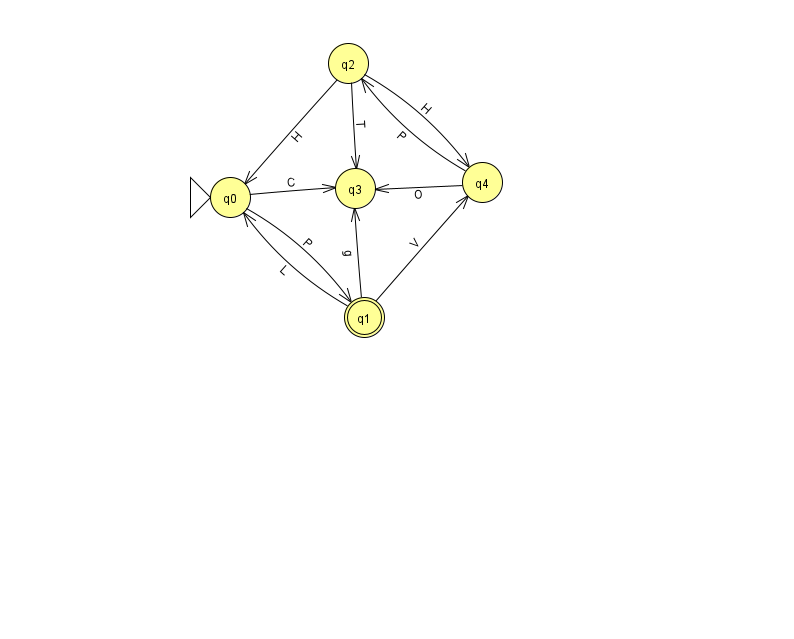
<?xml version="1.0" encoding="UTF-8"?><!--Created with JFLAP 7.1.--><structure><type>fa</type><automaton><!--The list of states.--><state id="0" name="q0"><x>230.0</x><y>184.0</y><initial/></state><state id="1" name="q1"><x>364.0</x><y>304.0</y><final/></state><state id="2" name="q2"><x>348.0</x><y>50.0</y></state><state id="3" name="q3"><x>355.0</x><y>175.0</y></state><state id="4" name="q4"><x>482.0</x><y>169.0</y></state><!--The list of transitions.--><transition><from>0</from><to>3</to><read>C</read></transition><transition><from>4</from><to>2</to><read>P</read></transition><transition><from>1</from><to>3</to><read>g</read></transition><transition><from>1</from><to>4</to><read>V</read></transition><transition><from>2</from><to>3</to><read>T</read></transition><transition><from>0</from><to>1</to><read>P</read></transition><transition><from>2</from><to>4</to><read>H</read></transition><transition><from>2</from><to>0</to><read>H</read></transition><transition><from>1</from><to>0</to><read>L</read></transition><transition><from>4</from><to>3</to><read>O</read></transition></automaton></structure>